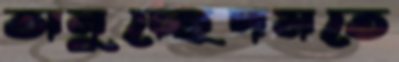
অনুচ্ছেদমতে